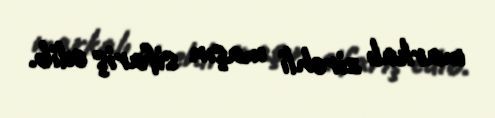
markalı zirehli maşın sifariş edib.